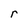
Character: r